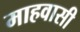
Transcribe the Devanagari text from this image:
माहवासी